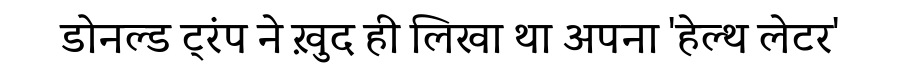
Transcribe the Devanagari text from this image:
डोनल्ड ट्रंप ने ख़ुद ही लिखा था अपना 'हेल्थ लेटर'